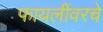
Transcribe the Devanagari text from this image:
फायलींवरचे